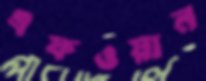
এফওয়ান